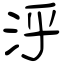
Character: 泘